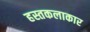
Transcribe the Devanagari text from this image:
हस्तकलाकार